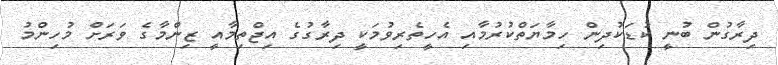
ދިރާގުން ބުނީ ކުޑަކުދިން ހިމާޔަތްކުރުމާއި އެހީތެރިވުމަކީ ދިރާގުގެ އިޖްތިމާއީ ޒިންމާގެ ވަރަށް މުހިންމު